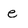
Character: e